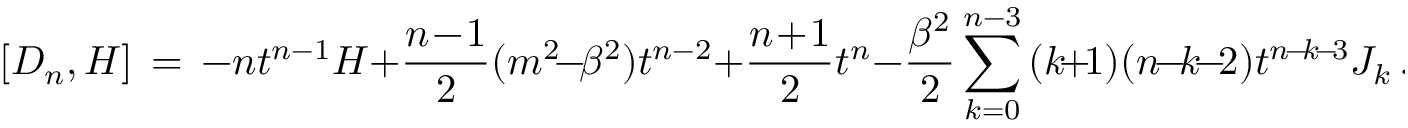
[ D _ { n } , { \cal H } ] \, = \, - n t ^ { n - 1 } { \cal H } + \frac { n \! - \! 1 } { 2 } ( m ^ { 2 } \! - \! \beta ^ { 2 } ) t ^ { n - 2 } + \frac { n \! + \! 1 } { 2 } t ^ { n } - \frac { \beta ^ { 2 } } { 2 } \sum _ { k = 0 } ^ { n - 3 } \, ( k \! + \! 1 ) ( n \! - \! k \! - \! 2 ) t ^ { n \! - \! k \! - \! 3 } J _ { k } \, .